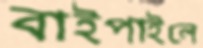
বাইপাইলে